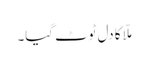
ملّا کا دل ٹوٹ گیا۔